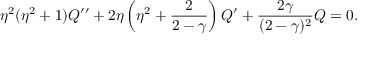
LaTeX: \eta ^ { 2 } ( \eta ^ { 2 } + 1 ) Q ^ { \prime \prime } + 2 \eta \left( \eta ^ { 2 } + { \frac { 2 } { 2 - \gamma } } \right) Q ^ { \prime } + { \frac { 2 \gamma } { ( 2 - \gamma ) ^ { 2 } } } Q = 0 .